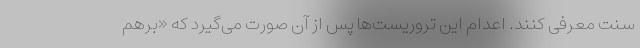
سنت معرفی کنند. اعدام این تروریست‌ها پس از آن صورت می‌گیرد که «برهم